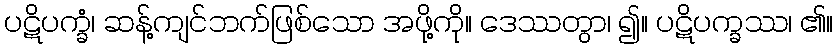
ပဋိပက္ခံ၊ ဆန့်ကျင်ဘက်ဖြစ်သော အဖို့ကို။ ဒေဿတွာ၊ ၍။ ပဋိပက္ခဿ၊ ၏။